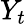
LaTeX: \textstyle Y_{t}